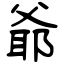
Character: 爺